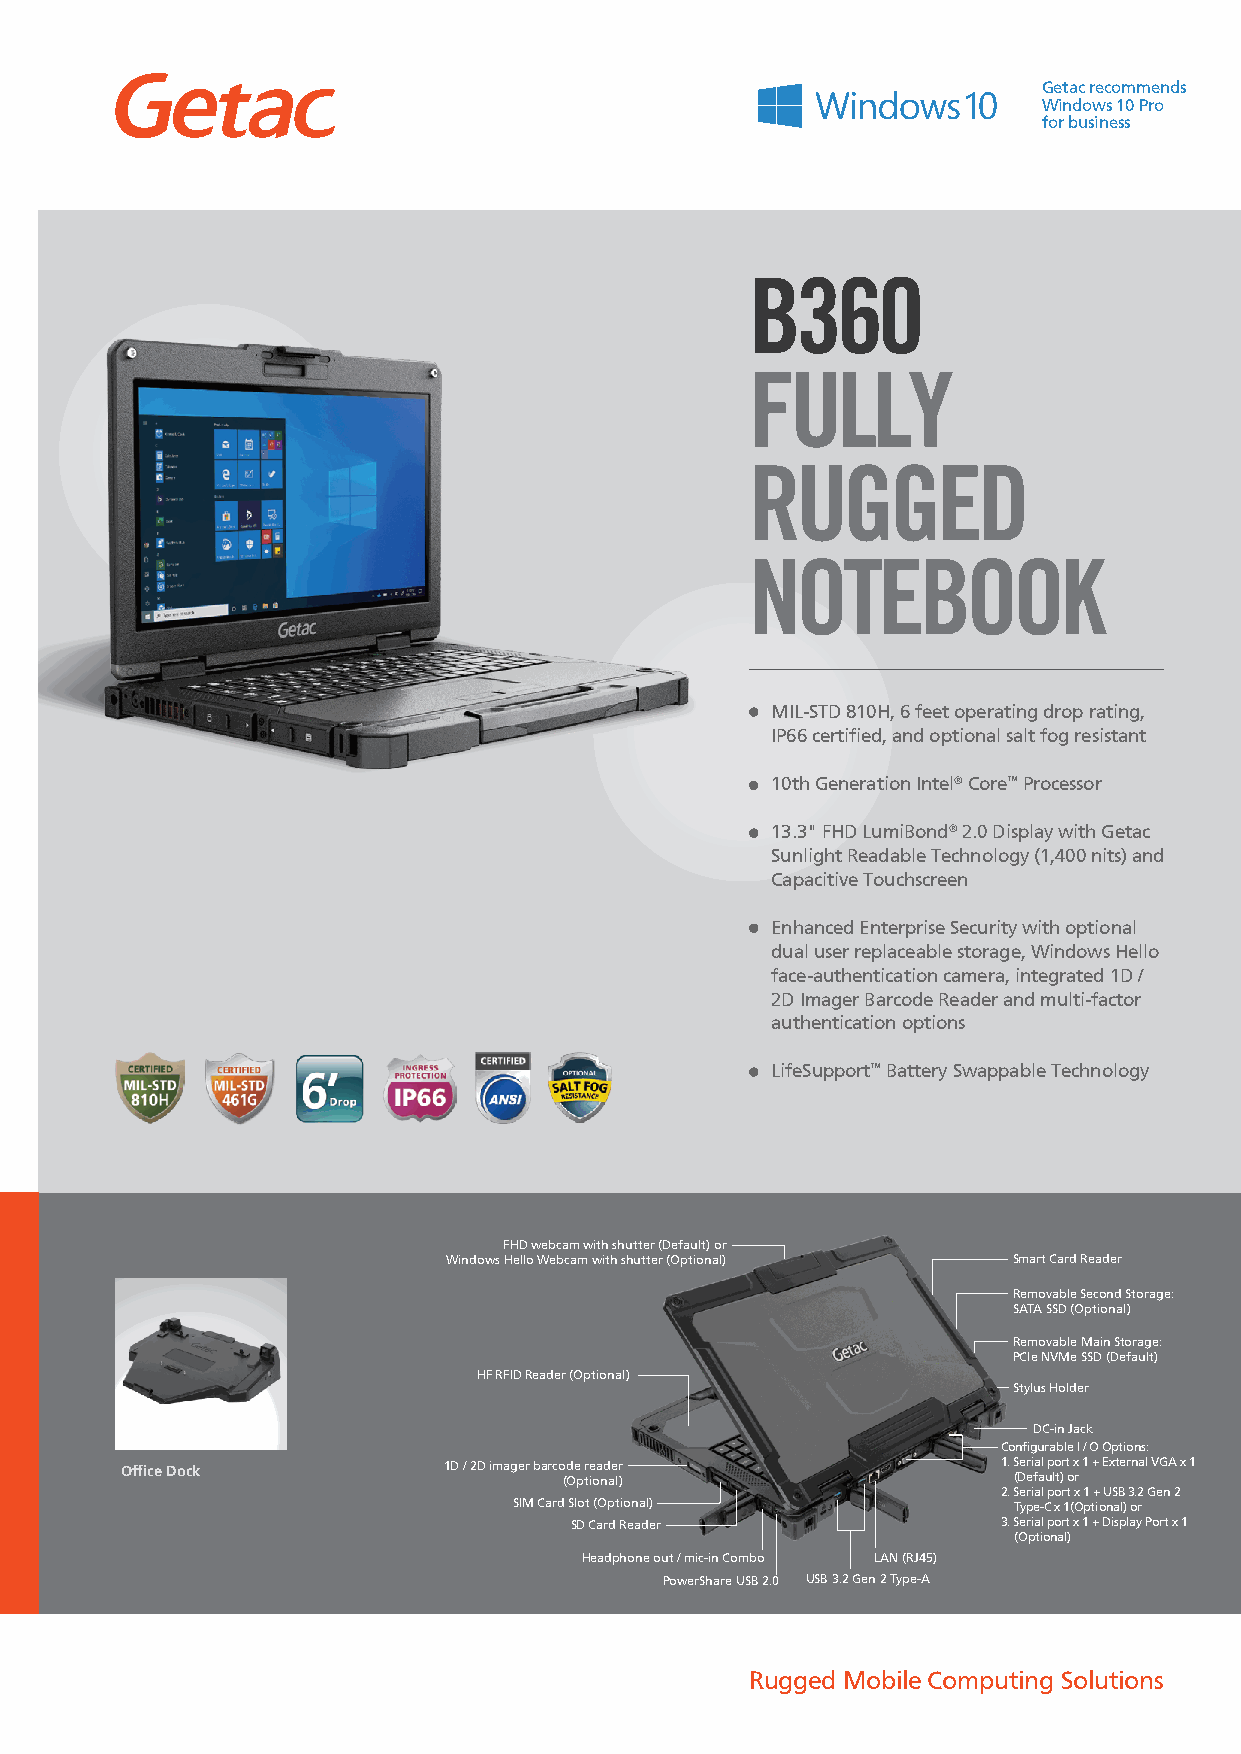
Getac recommends
 Windows 10 Pro
 for business
 B360
 FULLY
 RUGGED
 NOTEBOOK
 MIL-STD 810H, 6 feet operating drop rating,
 IP66 certified, and optional salt fog resistant
 10th Generation Intel® Core™ Processor
 13.3" FHD LumiBond® 2.0 Display with Getac
 Sunlight Readable Technology (1,400 nits) and
 Capacitive Touchscreen
 Enhanced Enterprise Security with optional
 dual user replaceable storage, Windows Hello
 face-authentication camera, integrated 1D /
 2D Imager Barcode Reader and multi-factor
 authentication options
 LifeSupport™ Battery Swappable Technology
 FHD webcam with shutter (Default) or
 Windows Hello Webcam with shutter (Optional) Smart Card Reader
 Removable Second Storage:
 SATA SSD (Optional)
 Removable Main Storage:
 PCIe NVMe SSD (Default)
 HF RFID Reader (Optional)
 Stylus Holder
 DC-in Jack
 Configurable I / O Options:
 Office Dock          1D / 2D imager barco (d Oe p r te ioa nd ae lr ) 1. S (Der ei fa al up lo t)r t o x r 1 + External VGA x 1
 2. Serial port x 1 + USB 3.2 Gen 2
 SIM Card Slot (Optional)         Type-C x 1(Optional) or
 SD Card Reader              3. Serial port x 1 + Display Port x 1
 (Optional)
 Headphone out / mic-in Combo LAN (RJ45)
 PowerShare USB 2.0 USB 3.2 Gen 2 Type-A
 Rugged Mobile Computing Solutions